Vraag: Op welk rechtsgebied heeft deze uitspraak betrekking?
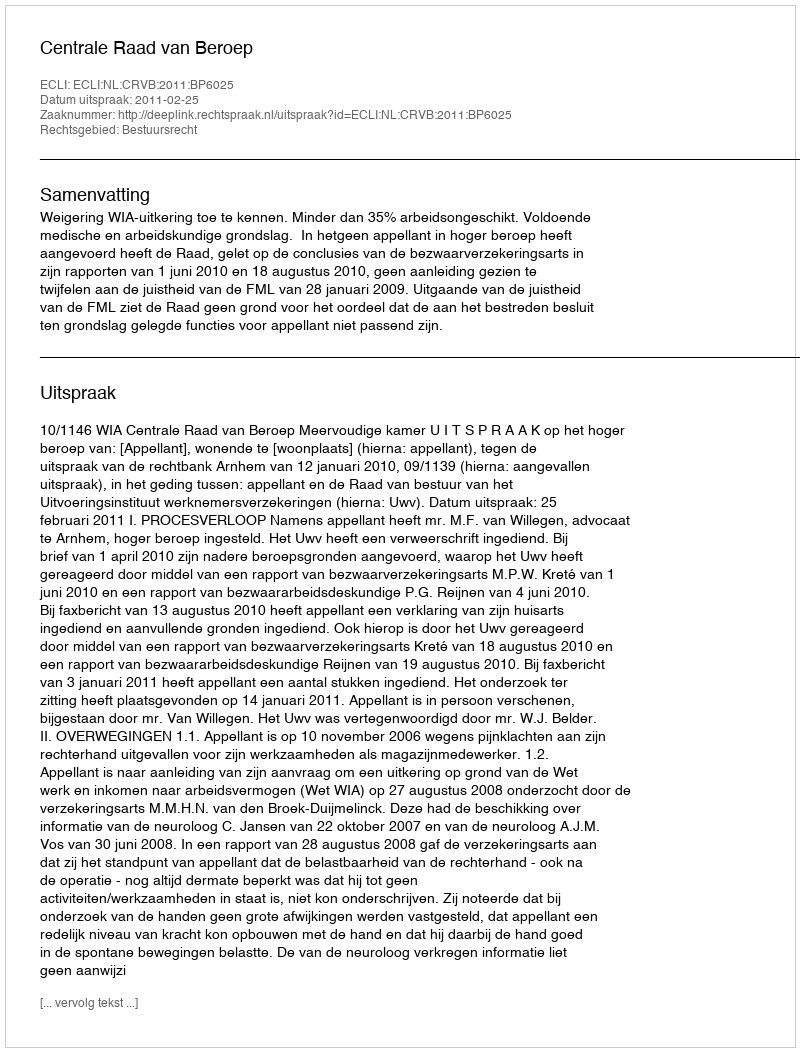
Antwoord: Bestuursrecht